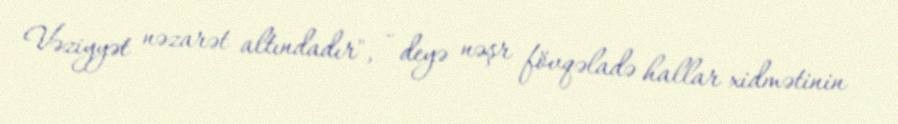
Vəziyyət nəzarət altındadır", - deyə nəşr fövqəladə hallar xidmətinin